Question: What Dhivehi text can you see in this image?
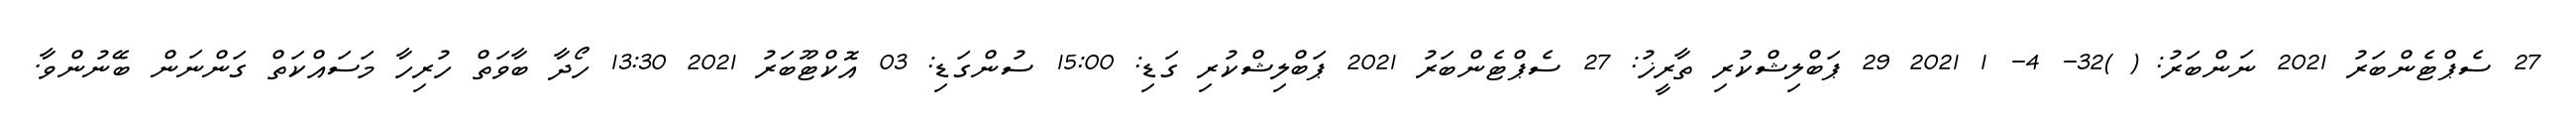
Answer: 27 ސެޕްޓެންބަރު 2021 ނަންބަރު: ( )32- 4- 1 2021 29 ޕަބްލިޝްކުރި ތާރީޚު: 27 ސެޕްޓެންބަރު 2021 ޕަބްލިޝްކުރި ގަޑި: 15:00 ސުންގަޑި: 03 އޮކްޓޫބަރު 2021 13:30 ހޯދާ ބާވަތް ހުރިހާ މަސައްކަތް ގަންނަން ބޭނުންވާ.